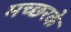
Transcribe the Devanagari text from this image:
मच्छरके